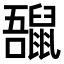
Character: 𪕡